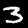
Digit: 3